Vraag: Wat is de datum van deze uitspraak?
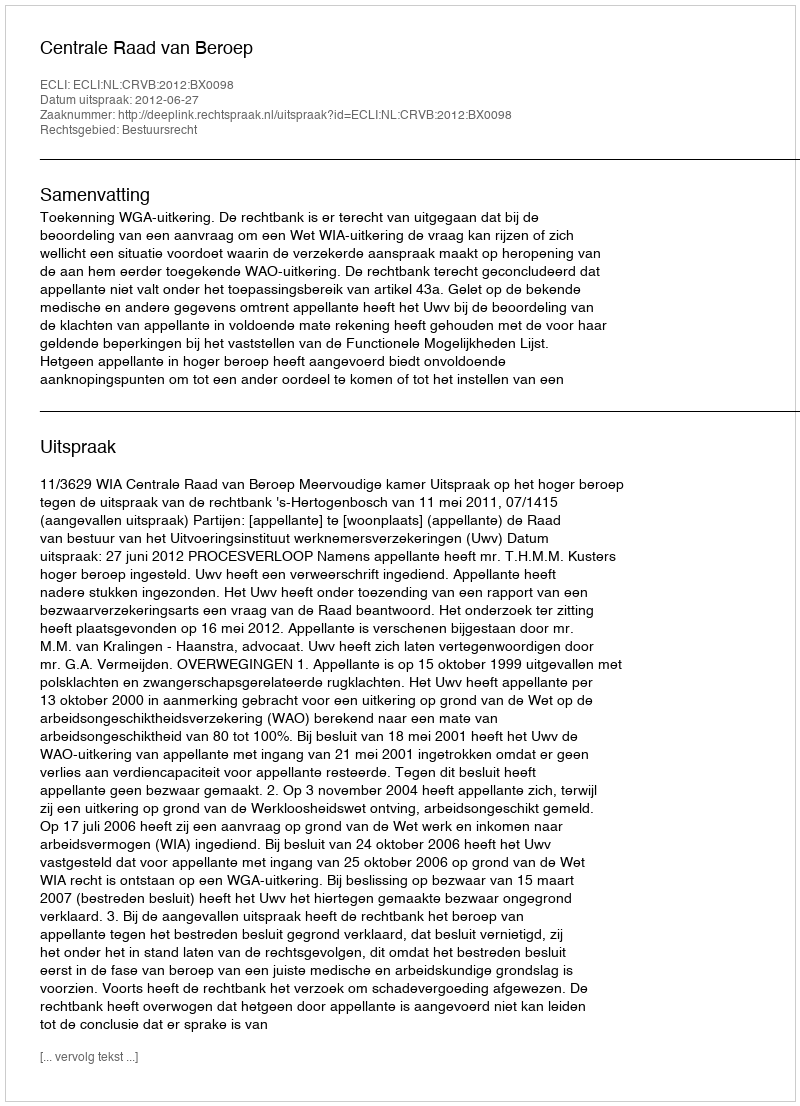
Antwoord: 2012-06-27